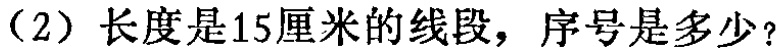
（2）长度是15厘米的线段，序号是多少？